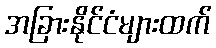
အခြားနိုင်ငံများထက်